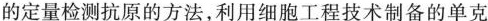
的定量检测抗原的方法，利用细胞工程技术制备的单克